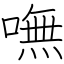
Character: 嘸